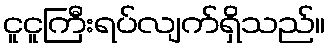
ငူငူကြီးရပ်လျက်ရှိသည်။